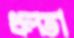
ধলতা